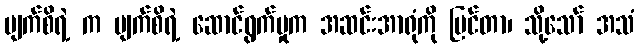
မျက်စိရဲ့ က မျက်စိရဲ့ ဆောင်ရွက်မှုက အဆင်းအာရုံကို မြင်တာ၊ သို့သော် အသံ